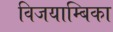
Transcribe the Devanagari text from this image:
विजयाम्बिका